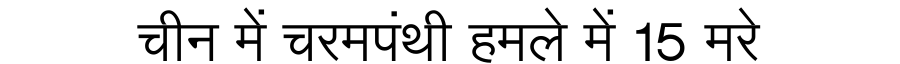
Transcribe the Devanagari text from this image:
चीन में चरमपंथी हमले में 15 मरे